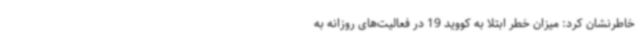
خاطرنشان کرد: میزان خطر ابتلا به کووید 19 در فعالیت‌های روزانه به